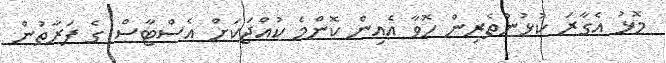
މޮޅު އެގާރަ ކުޅުންތެރިން ހޮވާ އެއިން ކޮންމެ ކުއްޖަކަށް އެސްޓާސް ގެ ފަރާތުން